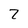
Character: Z